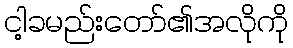
ငါ့ခမည်းတော်၏အလိုကို